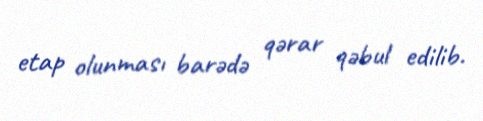
etap olunması barədə qərar qəbul edilib.